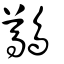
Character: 鷷